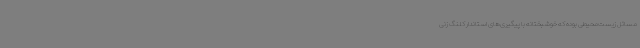
مسائل زیست‌محیطی بوده که خوشبختانه با پیگیری‌های استاندار کلنگ زنی